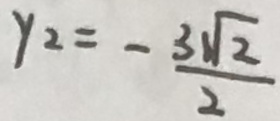
y 2 = - \frac { 3 \sqrt { 2 } } { 2 }